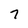
Character: 7